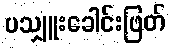
ပသျှူးခေါင်းဖြတ်